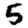
Digit: 5